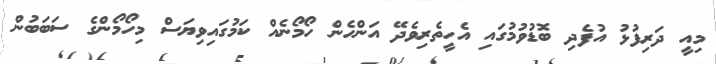
މިއީ ދަރިފުޅު އުފެދި ބޮޑުވުމުގައި އެހީތެރިވެދޭ އަންހެން ހޯމޯނެއް ކަމުގައިވިޔަސް މިހޯމޯންގެ ސަބަބުން